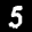
Label: 5